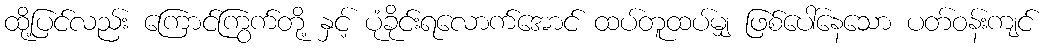
ထို့ပြင်လည်း ကြောင်ကြွက်တို့ နှင့် ပုံခိုင်းရလောက်အောင် ထပ်တူထပ်မျှ ဖြစ်ပေါ်နေသော ပတ်ဝန်းကျင်